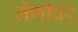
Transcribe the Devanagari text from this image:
लेणीवर